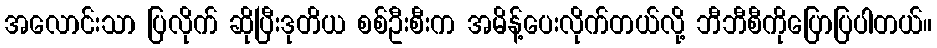
အလောင်းသာ ပြလိုက် ဆိုပြီးဒုတိယ စစ်ဦးစီးက အမိန့်ပေးလိုက်တယ်လို့ ဘီဘီစီကိုပြောပြပါတယ်။